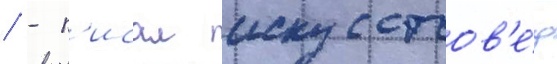
/ - п'исал искусствов'е́д